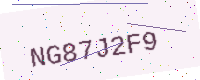
Text: NG87J2F9